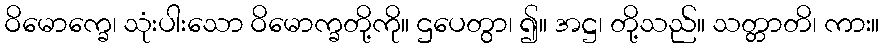
ဝိမောက္ခေ၊ သုံးပါးသော ဝိမောက္ခတို့ကို။ ဌပေတွာ၊ ၍။ အဋ္ဌ၊ တို့သည်။ သတ္တာတိ၊ ကား။